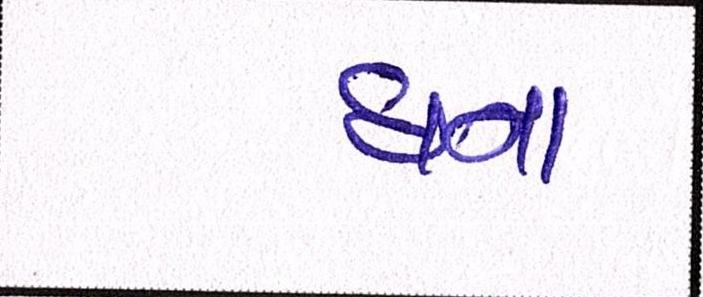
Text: ઘના